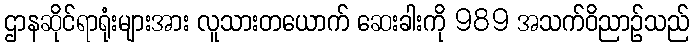
ဌာနဆိုင်ရာရုံးများအား လူသားတယောက် ဆေးခါးကို 989 အသက်ဝိညာဉ်သည်